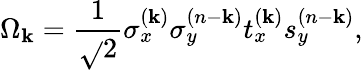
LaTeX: \Omega_{\mathbf{k}}={\frac{{1}}{{\sqrt{}{{2}}}}}\sigma_{x}^{(\mathbf{k})}\sigma_{y}^{(n-\mathbf{k})}t_{x}^{(\mathbf{k})}s_{y}^{(n-\mathbf{k})},